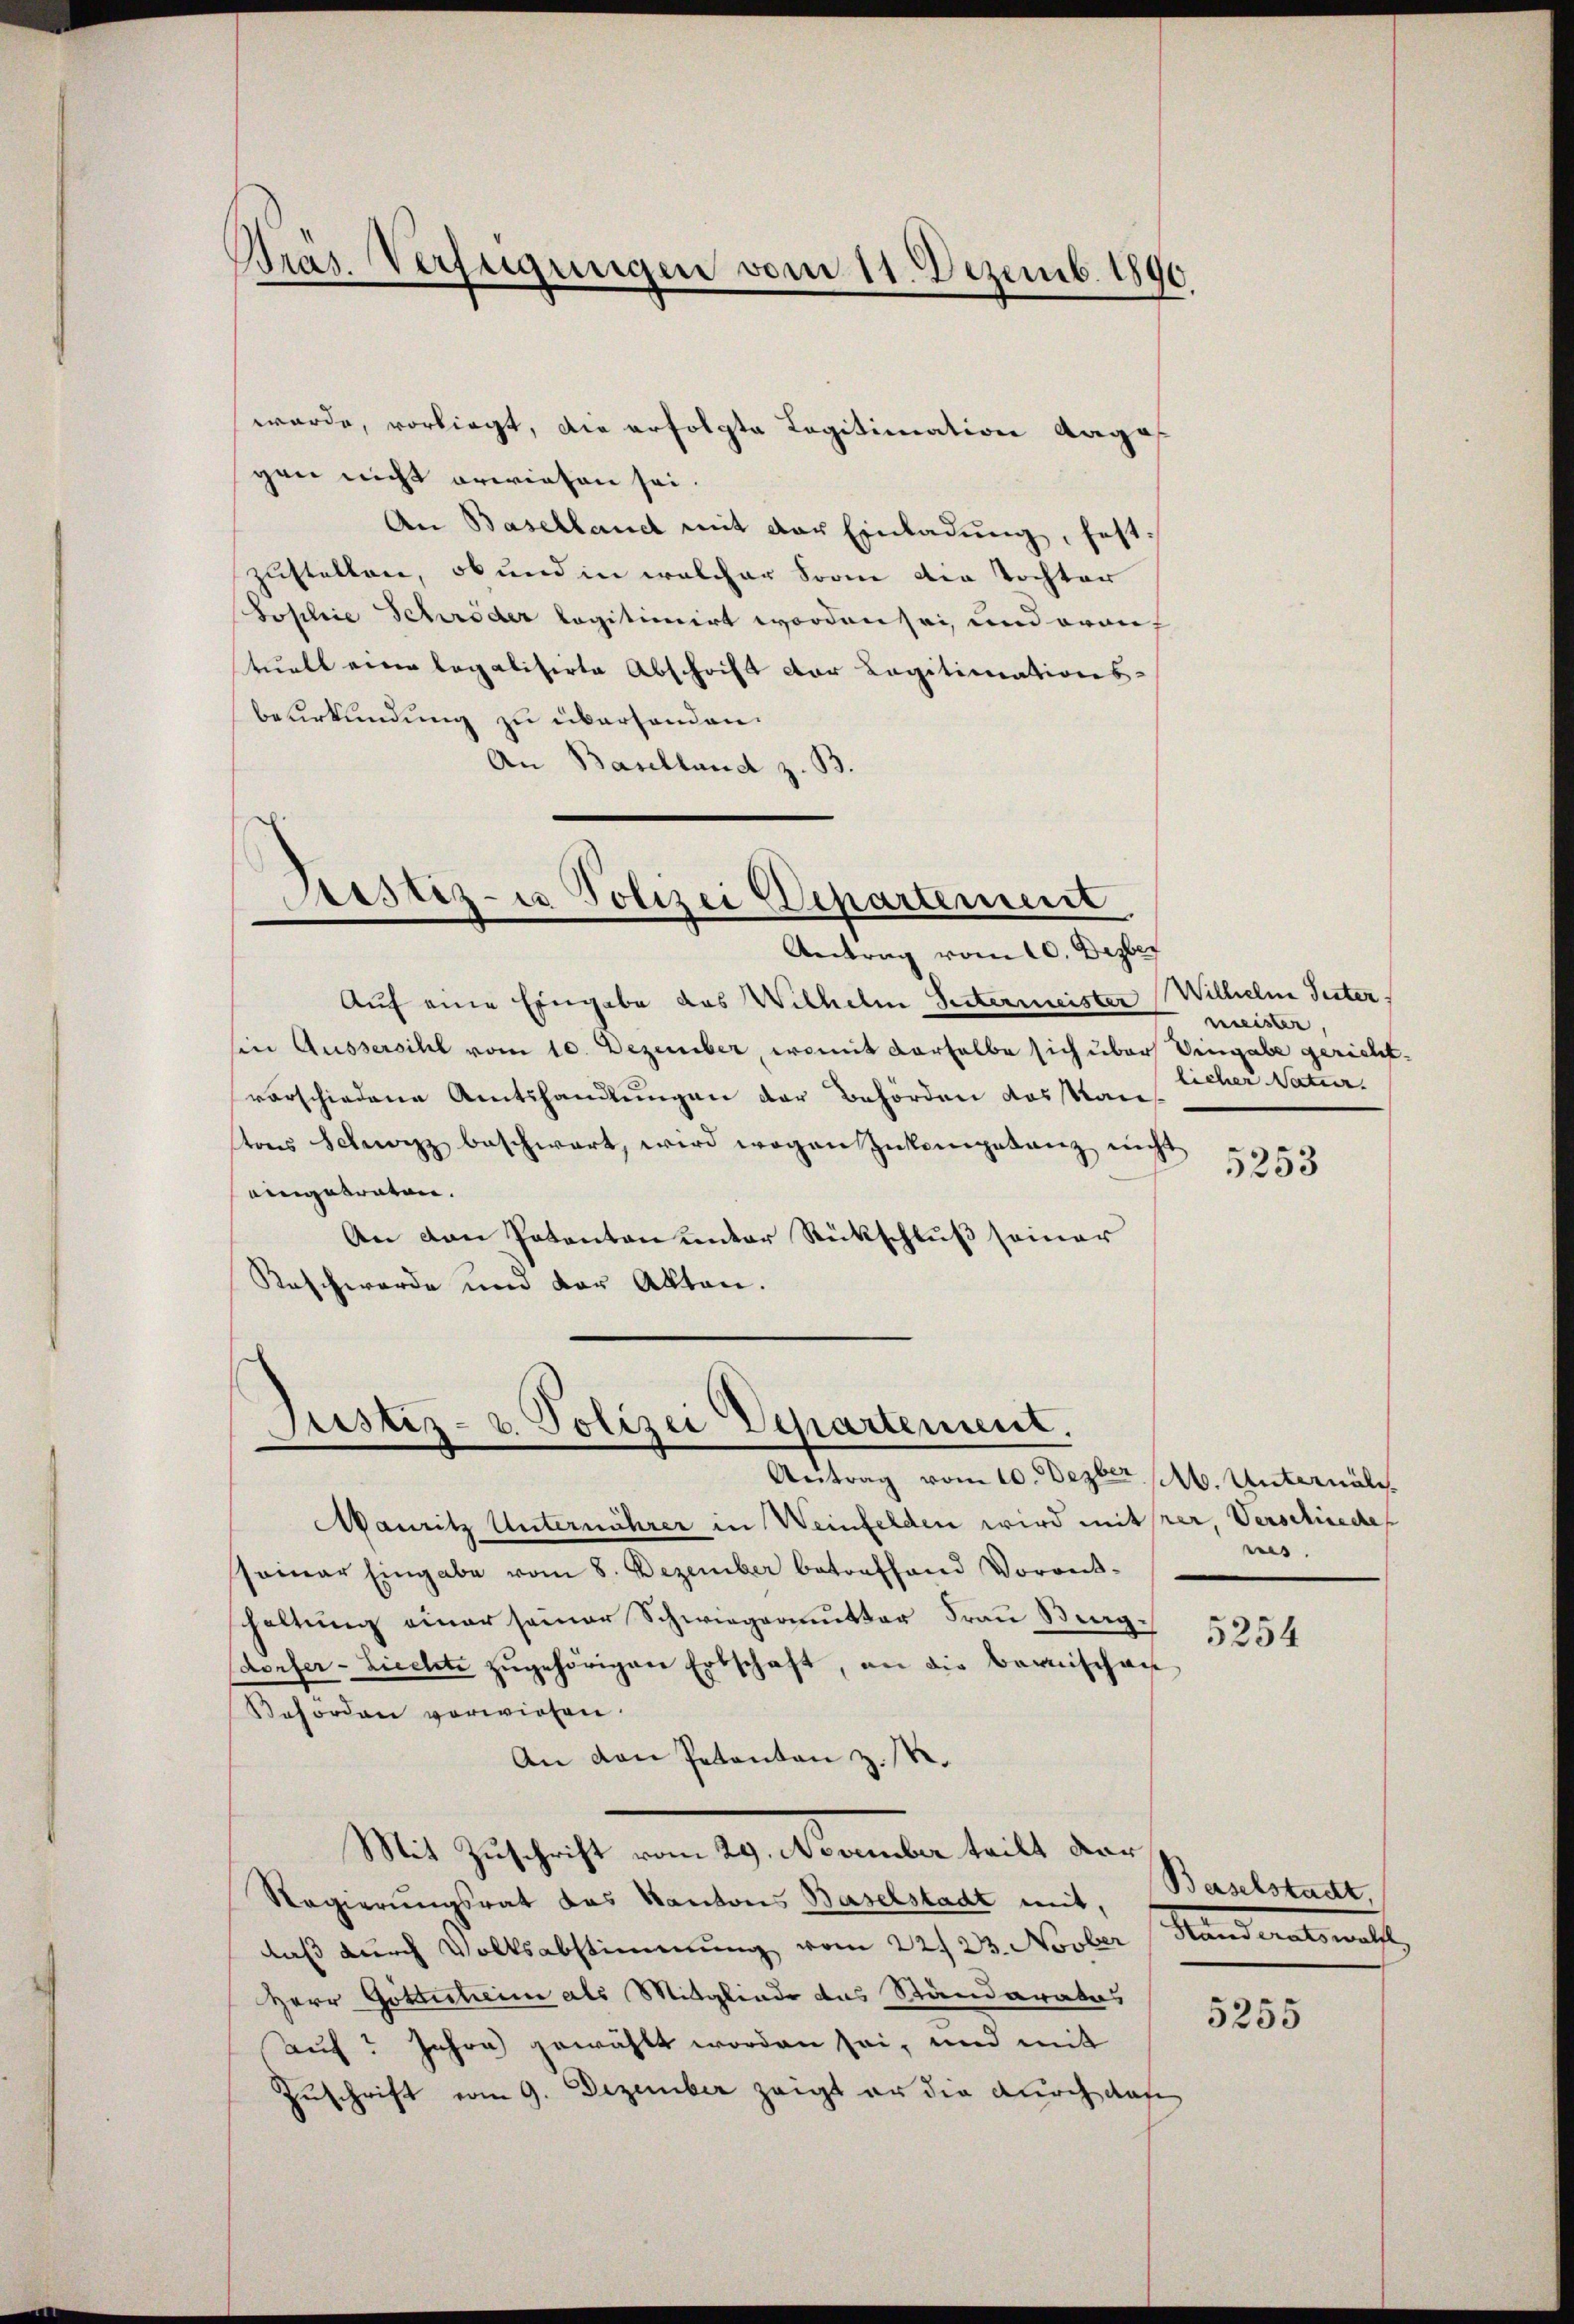
Pras. Verfügungen vom 11. Dezemb. 1890

wurde, vorliegt, die erfolgte Legitimation Aarga
gen nicht erwiesen sei.
An Basellanct mit der Einladung, festzustellen, ob und in welcher Frone die Tochter
Sosilie Schröder legitimirt worden sei, und orauf
tuell eine legalisirte Abschrift der Legitimations-
beurkundung zu überhanden.
An Baselland z. B.

Justiz- u Polizei Departement

Antrag vom 10. Dezber
Auf eine Eingabe das Wilhelm Seitermeister Wilhelm Intersin Aussersihl vom 10. Dezember, womit derselbe sich über Vingabe gerichtvorschiedene Amtshandlungen der Behörden das Kais
tons Schwarzz beschwert, wird wegen Zukompetenz nicht
eingetraten.
An den Patenton unter Rückschluß seiner
Kaschwerde und der Akten.

Justiz- u. Polizei Departement.
Antrag vom 10. Dezber 16. Unternali

Mauritz Unternährer in Weinfelden wird mitrer, Verschiede
seiner Eingabe vom 8. Dezember betreffend Vorantshaltung einer seiner Schwiegermutter Frau Burgdorfer-Lieelte zŭgehörigen Erbschaft, an die Barnischen
Beförden vorwiesen.
An den Petenten z. R.
Mit Zuschrift vom 29. Ovember tritt den
Regierungsrat das Kantons Baselstadt mit. Baselstadt,
daß durch Volksabstimmung vom 22. 23. Novber Handeratswälft
Herr Gottscheine als Mitgliede das Ständerates
Auf? Jahre gewählt worden sei, und mit
Zuschrift vom 9. Dezember zeigt er die durch daf

meister,
licher Natur.

5253

ns.

5254

5255